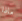
ماذا